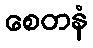
စေတနံ